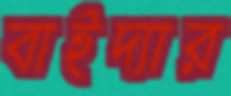
বাইদ্যার